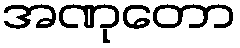
အဏုတော